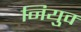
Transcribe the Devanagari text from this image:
नियुक्‍